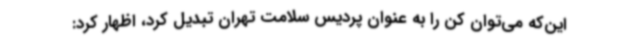
این‌که می‌توان کن را به عنوان پردیس سلامت تهران تبدیل کرد، اظهار کرد: